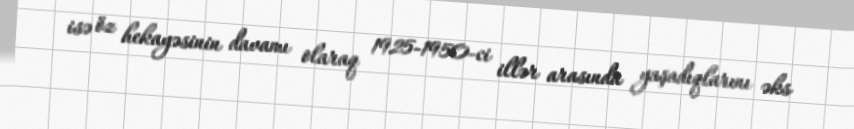
isə öz hekayəsinin davamı olaraq 1925-1950-ci illər arasında yaşadıqlarını əks